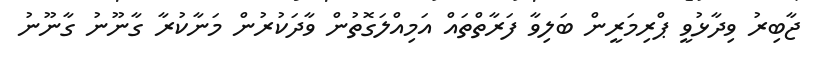
ޖާބިރު ވިދާޅުވީ ޕްރިމަރީން ބަލިވާ ފަރާތްތައް އަމިއްލަގޮތުން ވާދަކުރުން މަނާކުރާ ގާނޫނު ގާނޫނު